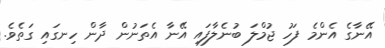
އޭނާގެ އެންމެ ފަހު ޖުމްލަ ބުނެލާފައި އޭނާ އެތަނުން ދާން ހިނގައި ގަތެވެ.